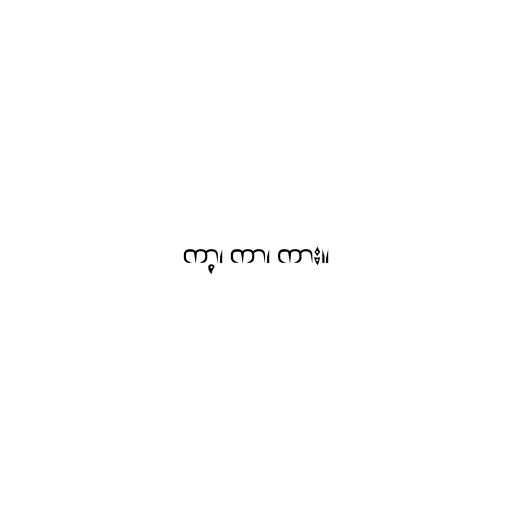
ကာ့၊ ကာ၊ ကား။